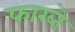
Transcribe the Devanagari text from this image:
फाख्ते